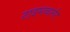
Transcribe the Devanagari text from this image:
टाइमवार्नर